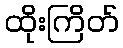
ထိုးကြိတ်